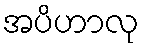
အပိဟာလု